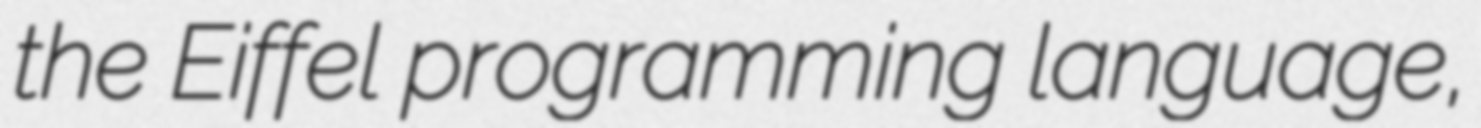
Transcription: the Eiffel programming language,